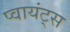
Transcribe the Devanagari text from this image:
प्वायंट्स